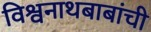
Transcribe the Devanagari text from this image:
विश्वनाथबाबांची